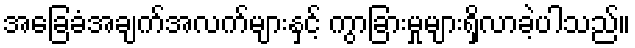
အခြေခံအချက်အလက်များနှင့် ကွာခြားမှုများရှိလာခဲ့ပါသည်။